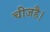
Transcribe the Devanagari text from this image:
चीजहै।